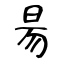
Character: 昜